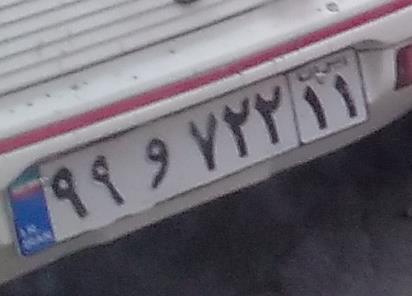
۹۹و۷۲۲۱۱